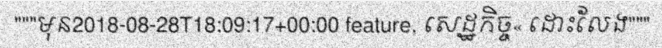
"""មុន2018-08-28T18:09:17+00:00 feature, សេដ្ឋកិច្ច« ដោះលែង"""